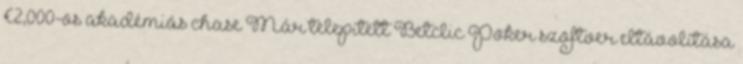
€2,000-os akadémiás chase Már telepített Betclic Poker szoftver eltávolítása